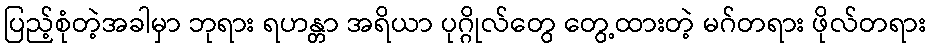
ပြည့်စုံတဲ့အခါမှာ ဘုရား ရဟန္တာ အရိယာ ပုဂ္ဂိုလ်တွေ တွေ့ထားတဲ့ မဂ်တရား ဖိုလ်တရား